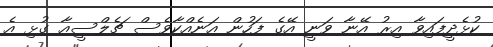
ކުޅެދީފައިވާ އިރު އޭނާ ވަނީ އޭގެ ފަހުން އަނެއްކާވެސް ޗެލްސީއާ ގުޅި އެ